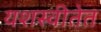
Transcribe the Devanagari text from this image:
यशस्वीतेत